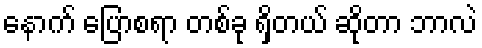
နောက် ပြောစရာ တစ်ခု ရှိတယ် ဆိုတာ ဘာလဲ